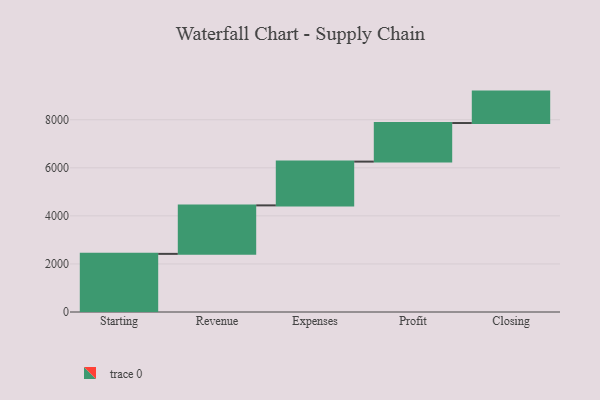
{"axis": {"x": "Step", "y": "Value"}, "legend": [""], "data": [{"x": "Starting", "y": 2419.0, "type": ""}, {"x": "Revenue", "y": 2018.0, "type": ""}, {"x": "Expenses", "y": 1822.0, "type": ""}, {"x": "Profit", "y": 1605.0, "type": ""}, {"x": "Closing", "y": 1308.0, "type": ""}]}